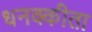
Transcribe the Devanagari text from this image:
धनक्कीता